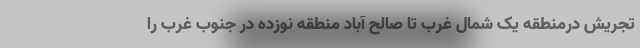
تجریش درمنطقه یک شمال غرب تا صالح آباد منطقه نوزده در جنوب غرب را